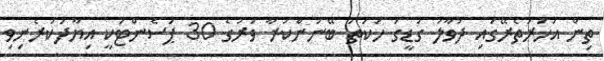
ތިން އަހަރުތެރޭގައި ދުވާލު ގަޑީގަ ހަކަތަ ބޭނުންކުރާ ވަރުގެ 30 ޕަސެންޓަކީ އިޔާދަކުރެނިވި